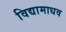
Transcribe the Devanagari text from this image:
विद्यामाधव